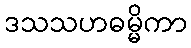
ဒသသဟဓမ္မိကာ